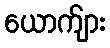
ယောက်ျား